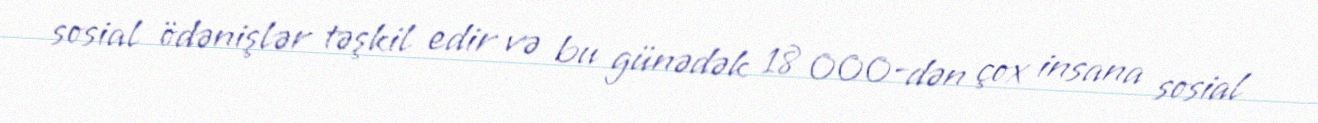
sosial ödənişlər təşkil edir və bu günədək 18 000-dən çox insana sosial